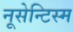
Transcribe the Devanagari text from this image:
नूसेन्टिस्म